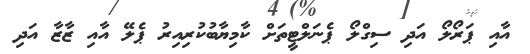
އާއި ޕަރޯލޯ އަދި ސިގްލޯ ޕެނަލްޓީތަށް ކާމިޔާބުކުރިއިރު ޕެލޭ އާއި ޒާޒާ އަދި